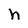
Character: h